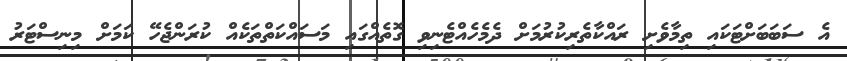
އެ ސަބަބަށްޓަކައި ތިމާވެށި ރައްކާތެރިކުރުމަށް ދެމެހެއްޓެނިވި ގޮތެއްގައި މަސައްކަތްތަކެއް ކުރަންޖެހޭ ކަމަށް މިނިސްޓަރު